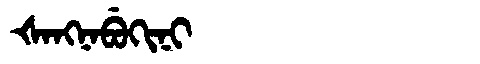
Manchu: ᡧᠠᠩᠨᠠᠪᡠᡴᡳᠨᡳ
Romanization: ŠANGNABUKINI